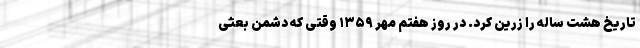
تاریخ هشت ساله را زرین کرد. در روز هفتم مهر ۱۳۵۹ وقتی که دشمن بعثی